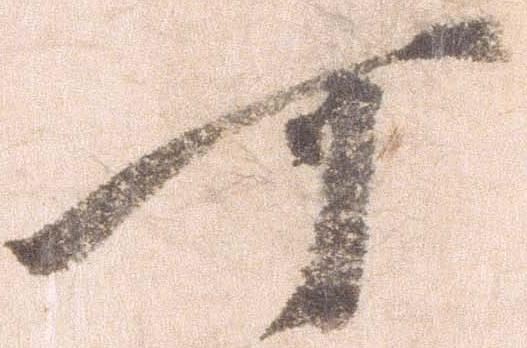
可